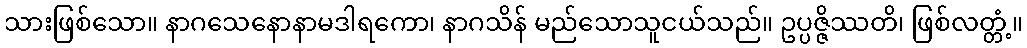
သားဖြစ်သော။ နာဂသေနောနာမဒါရကော၊ နာဂသိန် မည်သောသူငယ်သည်။ ဥပ္ပဇ္ဇိဿတိ၊ ဖြစ်လတ္တံ့။